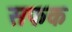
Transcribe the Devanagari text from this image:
सफक